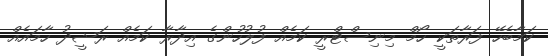
ކަމާބެހޭ ފަރާތަކީ ހޯމް މިނިސްޓްރީ ކަމެއް ފުލުހުންގެ އިދާރާ ކަމެއް ރަޝީދު ހާމައެއް